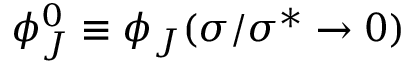
\phi _ { J } ^ { 0 } \equiv \phi _ { J } ( \sigma / \sigma ^ { * } \to 0 )